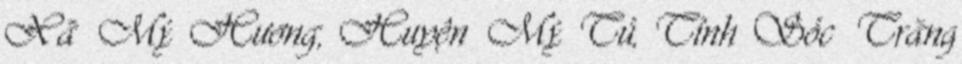
Xã Mỹ Hương, Huyện Mỹ Tú, Tỉnh Sóc Trăng